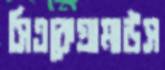
সিএকেগ্রামাউস